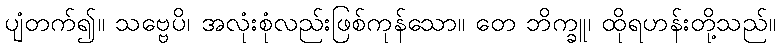
ပျံတက်၍။ သဗ္ဗေပိ၊ အလုံးစုံလည်းဖြစ်ကုန်သော။ တေ ဘိက္ခူ၊ ထိုရဟန်းတို့သည်။